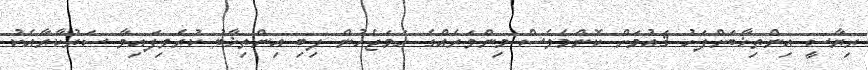
ރިޔާސީ އިންތިޚާބަށްފަހު ޤައުމަށް ކޮންމެވެސް މިންވަރެއްގެ ހަމަޖެހުން ލިބި އިންތިޚާބު ކުރެވިފައިވާ ސަރުކާރާއެކު